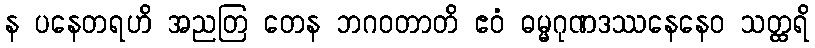
န ပနေတရဟိ အညတြ တေန ဘဂဝတာတိ ဧဝံ ဓမ္မဂုဏဒဿနေနေဝ သတ္ထရိ